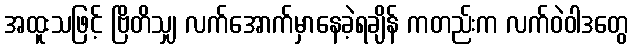
အထူးသဖြင့် ဗြိတိသျှ လက်အောက်မှာနေခဲ့ရချိန် ကတည်းက လက်ဝဲဝါဒတွေ